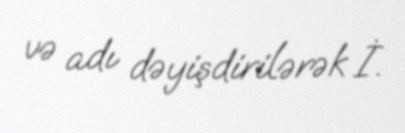
və adı dəyişdirilərək İ.